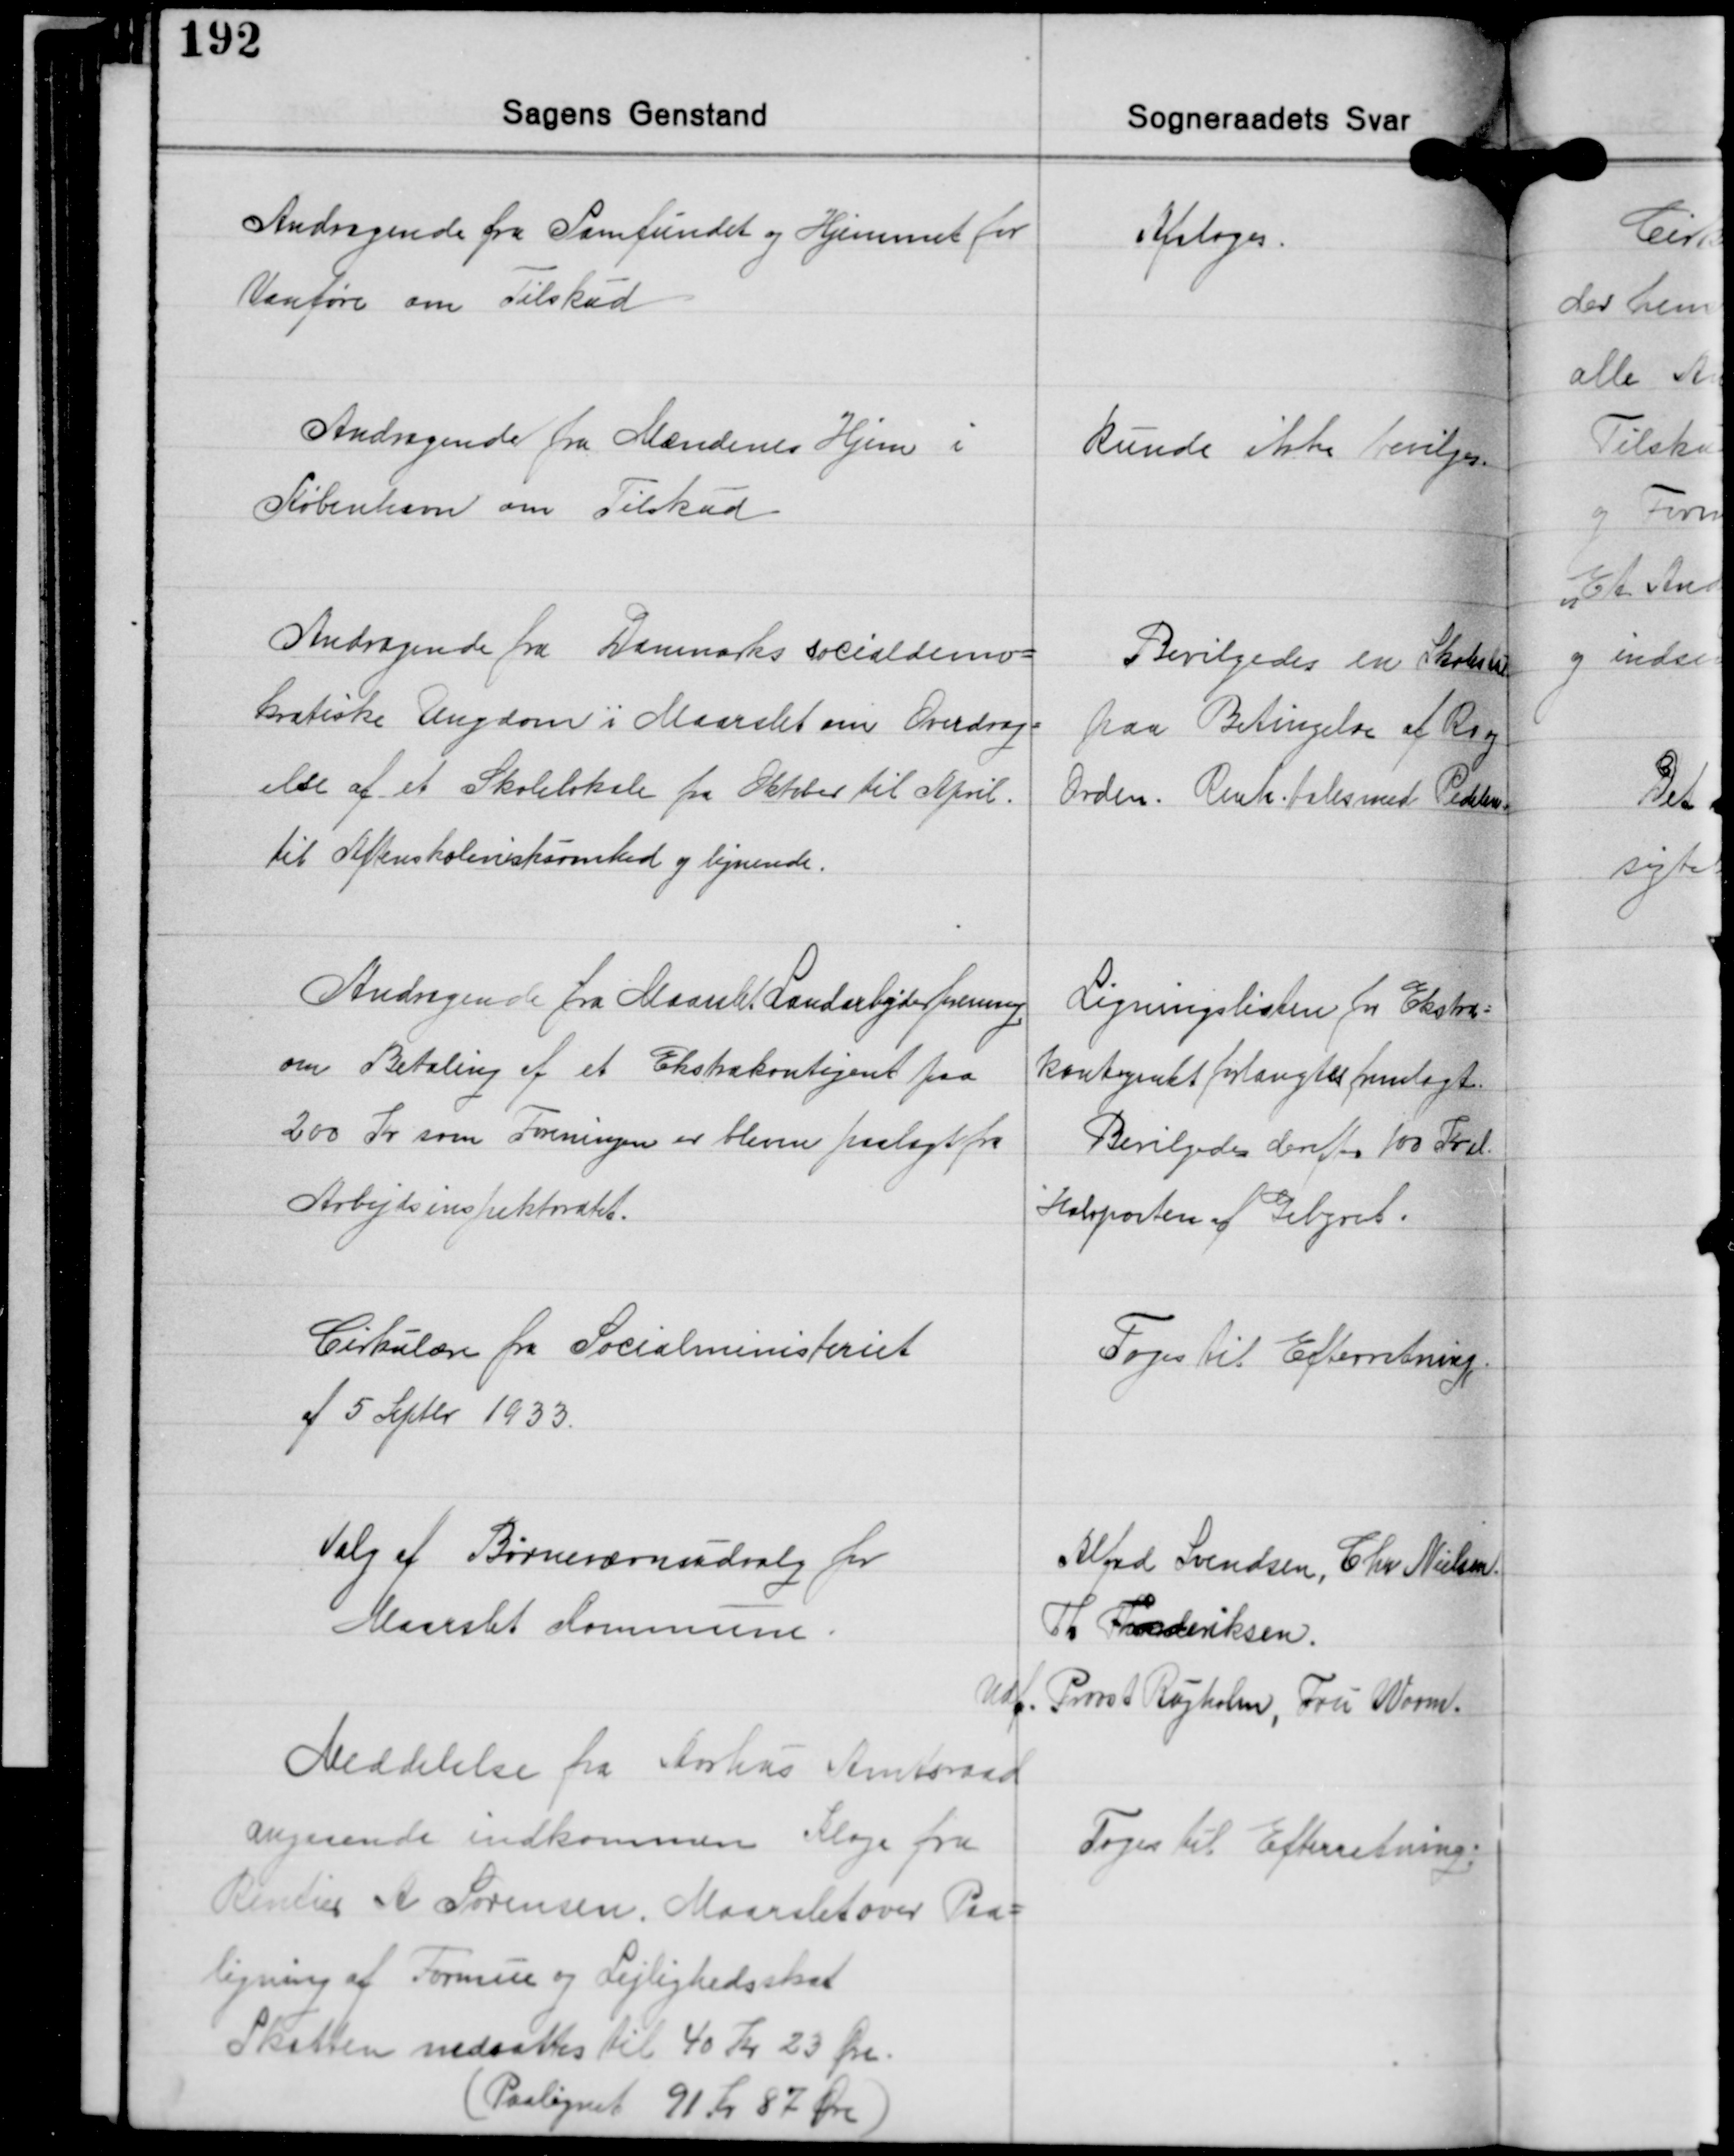
Transskription:
Andragende fra Samfundet og Hjemmet for
Vanføre om Tilskud

Afsloges.

Andragende fra Mændenes Hjem i
København om Tilskud

kunde ikke bevilges.

Andragende fra Danmarks Socialdemo-
kratiske Ungdom i Maarslet om Overdrag-
else af et Skolelokale fra Oktober til April.
til Aftenskolevirksomhed og lignende.

Bevilgedes en Skolestue
paa Betingelse af Ro og
Orden. Renh. tales med Pedellen

Andragende fra Maarslet Landarbejderforening
om Betaling af et Ekstrakontigent paa
200 Kr. som Foreningen er bleven paalagt fra
Arbejdsinspektoratet.

Ligningslisten for Ekstra-
kontingent forlangtes fremlagt.
Bevilgedes derefter 100 Kr. el.
Halvparten af Gebyret.

Cirkulære fra Socialministeriet
af 5 September 1933

Toges Til Efterretning.

Valg af Børneværnudvalg for
Maarslet Kommune.

Alfred Svendsen, Chr. Nielsen,
Th. Frederiksen.
Ud. Provst Rugholm, Fru Worm.

Meddelelse fra Aarhus Amtsraad
angaaende indkommen Klage fra
Rentier A. Sørensen, Maarslet over Paa-
ligning af Formue og Lejlighedsskat
Skatten nedsattes til 40 Kr 23 Øre.
Paalignet 91 Kr. 87 Øre

Toges til Efterretning.